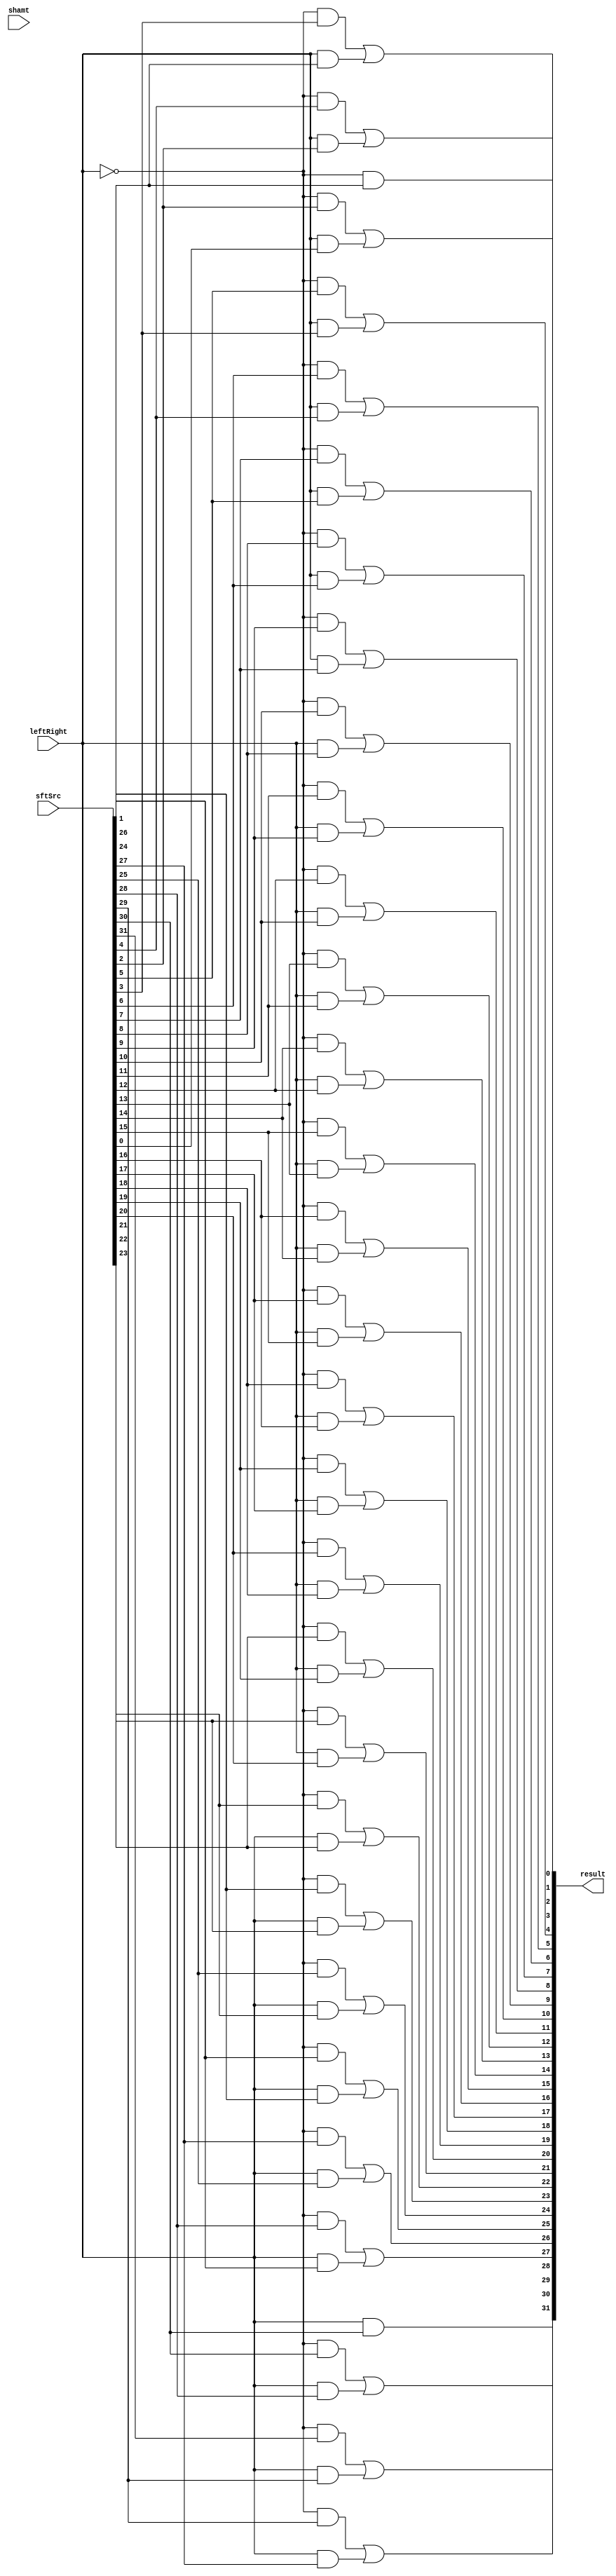
module Shifter( result, leftRight, shamt, sftSrc  );
    
  output wire[31:0] result;

  input wire leftRight;
  input wire[4:0] shamt;
  input wire[31:0] sftSrc ;

  /*your code here*/ 
  genvar i;
  assign result[0] = (!leftRight)&&(sftSrc[1]);
  for(i = 1; i < 31; i = i + 1) begin
	assign result[i] =((!leftRight)&&(sftSrc[i+1])) || (leftRight&&sftSrc[i-1]);
  end
  assign result[31] = leftRight&&sftSrc[30];
endmodule